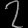
Digit: ၇